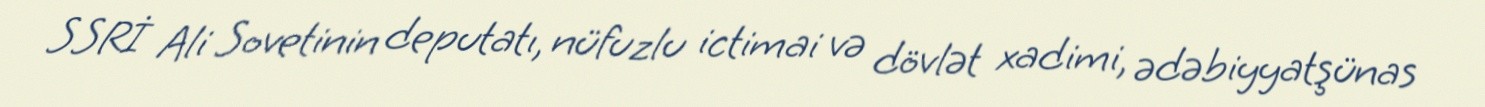
SSRİ Ali Sovetinin deputatı, nüfuzlu ictimai və dövlət xadimi, ədəbiyyatşünas